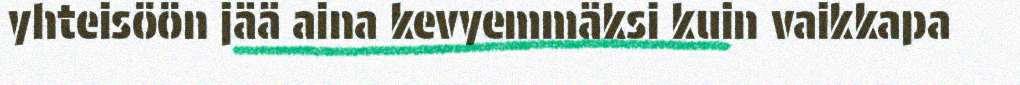
yhteisöön jää aina kevyemmäksi kuin vaikkapa